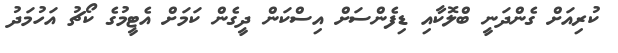
ކުރިއަށް ގެންދަނީ ބްލޮކާއި ޑިފެންސަށް އިސްކަން ދީގެން ކަމަށް އެޓީމުގެ ކޯޗު އަހުމަދު